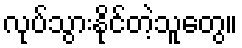
လုပ်သွားနိုင်တဲ့သူတွေ။